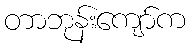
တာဘုန်းကျော်က